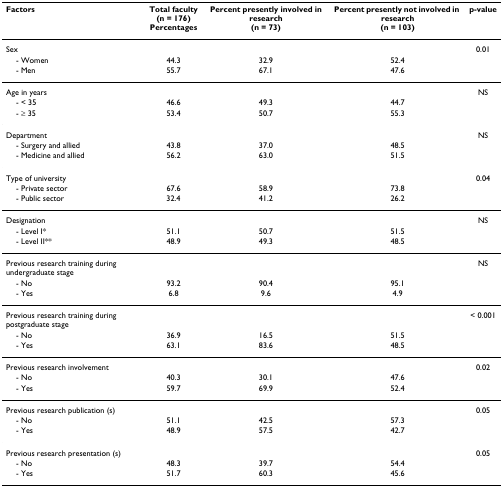
<table><thead><tr><td><b>Factors</b></td><td><b>Total faculty(n = 176)Percentages</b></td><td><b>Percent presently involved in research(n = 73)</b></td><td><b>Percent presently not involved in research(n = 103)</b></td><td><b>p-value</b></td></tr></thead><tbody><tr><td>Sex</td><td></td><td></td><td></td><td>0.01</td></tr><tr><td> - Women</td><td>44.3</td><td>32.9</td><td>52.4</td><td></td></tr><tr><td> - Men</td><td>55.7</td><td>67.1</td><td>47.6</td><td></td></tr><tr><td>Age in years</td><td></td><td></td><td></td><td>NS</td></tr><tr><td> - &lt; 35</td><td>46.6</td><td>49.3</td><td>44.7</td><td></td></tr><tr><td> - ≥ 35</td><td>53.4</td><td>50.7</td><td>55.3</td><td></td></tr><tr><td>Department</td><td></td><td></td><td></td><td>NS</td></tr><tr><td> - Surgery and allied</td><td>43.8</td><td>37.0</td><td>48.5</td><td></td></tr><tr><td> - Medicine and allied</td><td>56.2</td><td>63.0</td><td>51.5</td><td></td></tr><tr><td>Type of university</td><td></td><td></td><td></td><td>0.04</td></tr><tr><td> - Private sector</td><td>67.6</td><td>58.9</td><td>73.8</td><td></td></tr><tr><td> - Public sector</td><td>32.4</td><td>41.2</td><td>26.2</td><td></td></tr><tr><td>Designation</td><td></td><td></td><td></td><td>NS</td></tr><tr><td> - Level I*</td><td>51.1</td><td>50.7</td><td>51.5</td><td></td></tr><tr><td> - Level II**</td><td>48.9</td><td>49.3</td><td>48.5</td><td></td></tr><tr><td>Previous research training during undergraduate stage</td><td></td><td></td><td></td><td>NS</td></tr><tr><td> - No</td><td>93.2</td><td>90.4</td><td>95.1</td><td></td></tr><tr><td> - Yes</td><td>6.8</td><td>9.6</td><td>4.9</td><td></td></tr><tr><td>Previous research training during postgraduate stage</td><td></td><td></td><td></td><td>&lt; 0.001</td></tr><tr><td> - No</td><td>36.9</td><td>16.5</td><td>51.5</td><td></td></tr><tr><td> - Yes</td><td>63.1</td><td>83.6</td><td>48.5</td><td></td></tr><tr><td>Previous research involvement</td><td></td><td></td><td></td><td>0.02</td></tr><tr><td> - No</td><td>40.3</td><td>30.1</td><td>47.6</td><td></td></tr><tr><td> - Yes</td><td>59.7</td><td>69.9</td><td>52.4</td><td></td></tr><tr><td>Previous research publication (s)</td><td></td><td></td><td></td><td>0.05</td></tr><tr><td> - No</td><td>51.1</td><td>42.5</td><td>57.3</td><td></td></tr><tr><td> - Yes</td><td>48.9</td><td>57.5</td><td>42.7</td><td></td></tr><tr><td>Previous research presentation (s)</td><td></td><td></td><td></td><td>0.05</td></tr><tr><td> - No</td><td>48.3</td><td>39.7</td><td>54.4</td><td></td></tr><tr><td> - Yes</td><td>51.7</td><td>60.3</td><td>45.6</td><td></td></tr></tbody></table>